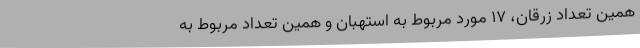
همین تعداد زرقان، 17 مورد مربوط به استهبان و همین تعداد مربوط به